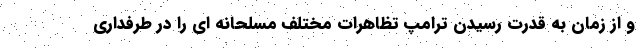
و از زمان به قدرت رسیدن ترامپ تظاهرات مختلف مسلحانه ای را در طرفداری